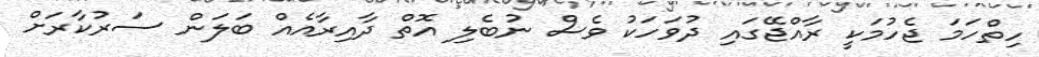
ހިތްހަމަ ޖެހުމަކީ ރާއްޖޭގައި ދުވަހަކު ވެސް ނުބެލި އޮތް ދާއިރާއެއް ބަލަން ސަރުކާރަށް